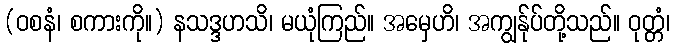
(ဝစနံ၊ စကားကို။) နသဒ္ဒဟသိ၊ မယုံကြည်။ အမှေဟိ၊ အကျွန်ုပ်တို့သည်။ ဝုတ္တံ၊